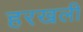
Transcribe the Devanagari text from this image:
हरखली